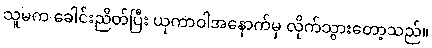
သူမက ခေါင်းညိတ်ပြီး ယုကာဝါအနောက်မှ လိုက်သွားတော့သည်။